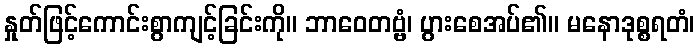
နှုတ်ဖြင့်ကောင်းစွာကျင့်ခြင်းကို။ ဘာဝေတဗ္ဗံ၊ ပွားစေအပ်၏။ မနောဒုစ္စရတံ၊